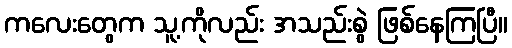
ကလေးတွေက သူ့ကိုလည်း အသည်းစွဲ ဖြစ်နေကြပြီ။